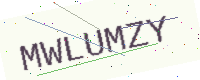
Text: MWLUMZY